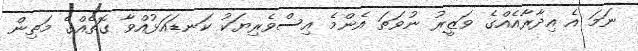
ނަމަ އެ އިދާރާއެއްގެ ވަޒީރު ނުވަތަ އެންމެ އިސްވެރިޔަކު ކަނޑައަޅުއްވާ ގޮތެއްގެ މަތިން